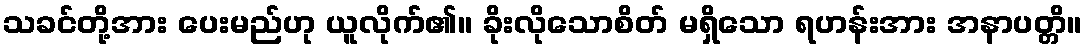
သခင်တို့အား ပေးမည်ဟု ယူလိုက်၏။ ခိုးလိုသောစိတ် မရှိသော ရဟန်းအား အနာပတ္တိ။